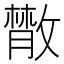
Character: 𢿱